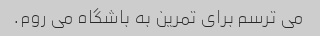
می ترسم برای تمرین به باشگاه می روم.